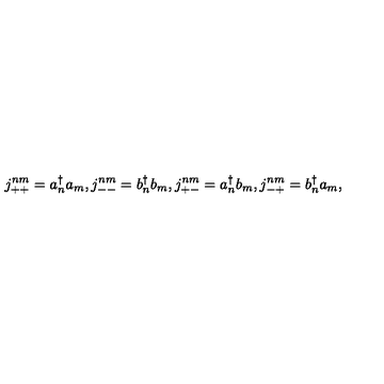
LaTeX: j _ { + + } ^ { n m } = a _ { n } ^ { \dagger } a _ { m } , j _ { -- } ^ { n m } = b _ { n } ^ { \dagger } b _ { m } , j _ { + - } ^ { n m } = a _ { n } ^ { \dagger } b _ { m } , j _ { - + } ^ { n m } = b _ { n } ^ { \dagger } a _ { m } ,